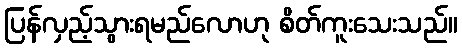
ပြန်လှည့်သွားရမည်လောဟု စိတ်ကူးသေးသည်။